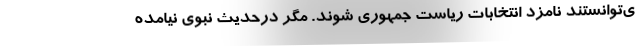
ی‌توانستند نامزد انتخابات ریاست جمهوری شوند. مگر درحديث نبوي نیامده